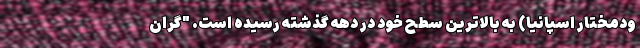
ودمختار اسپانیا) به بالاترین سطح خود در دهه گذشته رسیده است. "گران